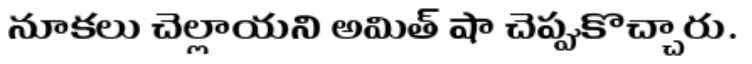
నూకలు చెల్లాయని అమిత్ షా చెప్పుకొచ్చారు.